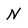
Character: N